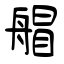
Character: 艒